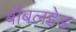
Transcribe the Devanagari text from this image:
बॉबलहेड